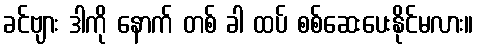
ခင်ဗျား ဒါကို နောက် တစ် ခါ ထပ် စစ်ဆေးပေးနိုင်မလား။